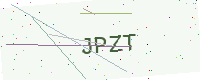
Text: JPZT